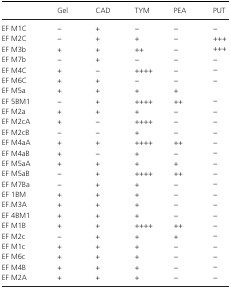
|  | Gel | CAD | TYM | PEA | PUT |
 | --- | --- | --- | --- | --- | --- |
 | EF M1C | − | + | − | − | − |
 | EF M2C | − | + | + | − | +++ |
 | EF M3b | + | + | ++ | − | +++ |
 | EF M7b | − | + | − | − | − |
 | EF M4C | + | − | ++++ | − | − |
 | EF M6C | + | + | − | − | − |
 | EF M5a | + | + | + | + |  |
 | EF 5BM1 | − | + | ++++ | ++ | − |
 | EF M2a | + | + | + | − | − |
 | EF M2cA | + | − | ++++ | − | − |
 | EF M2cB | − | − | + | − | − |
 | EF M4aA | + | + | ++++ | ++ | − |
 | EF M4aB | + | − | + | − | − |
 | EF M5aA | + | + | + | + | − |
 | EF M5aB | − | + | ++++ | ++ | − |
 | EF M7Ba | − | + | + | − | − |
 | EF 1BM | + | + | + | − | − |
 | EF.M3A | + | + | + | − | − |
 | EF 4BM1 | + | + | + | − | − |
 | EF M1B | + | + | ++++ | ++ | − |
 | EF M2c | − | + | + | + | − |
 | EF M1c | + | + | + | − | − |
 | EF M6c | + | + | + | − | − |
 | EF M4B | + | + | + | − | − |
 | EF M2A | + | + | + | − | − |